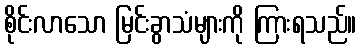
စိုင်းလာသော မြင်းခွာသံများကို ကြားရသည်။